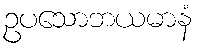
ဥပသောဘယမာနံ